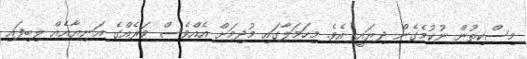
މިސްކިތުން ނުކުމެގެން ދިޔައީ އެވެ. މިހަމަލާގައި މުދިމަށް އެއްވެސް ވަރެއްގެ އަނިޔާއެއް ލިބިފައި